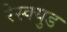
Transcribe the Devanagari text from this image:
रेस्क्युड